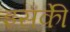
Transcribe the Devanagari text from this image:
इसकीे